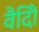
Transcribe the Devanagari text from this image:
वैदीि